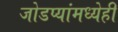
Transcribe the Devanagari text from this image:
जोडप्यांमध्येही